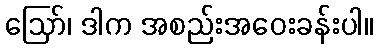
ဪ၊ ဒါက အစည်းအဝေးခန်းပါ။